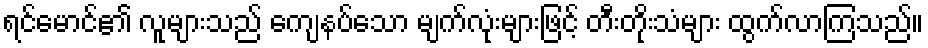
ရင်မောင်၏ လူများသည် ကျေနပ်သော မျက်လုံးများဖြင့် တီးတိုးသံများ ထွက်လာကြသည်။